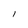
Character: l